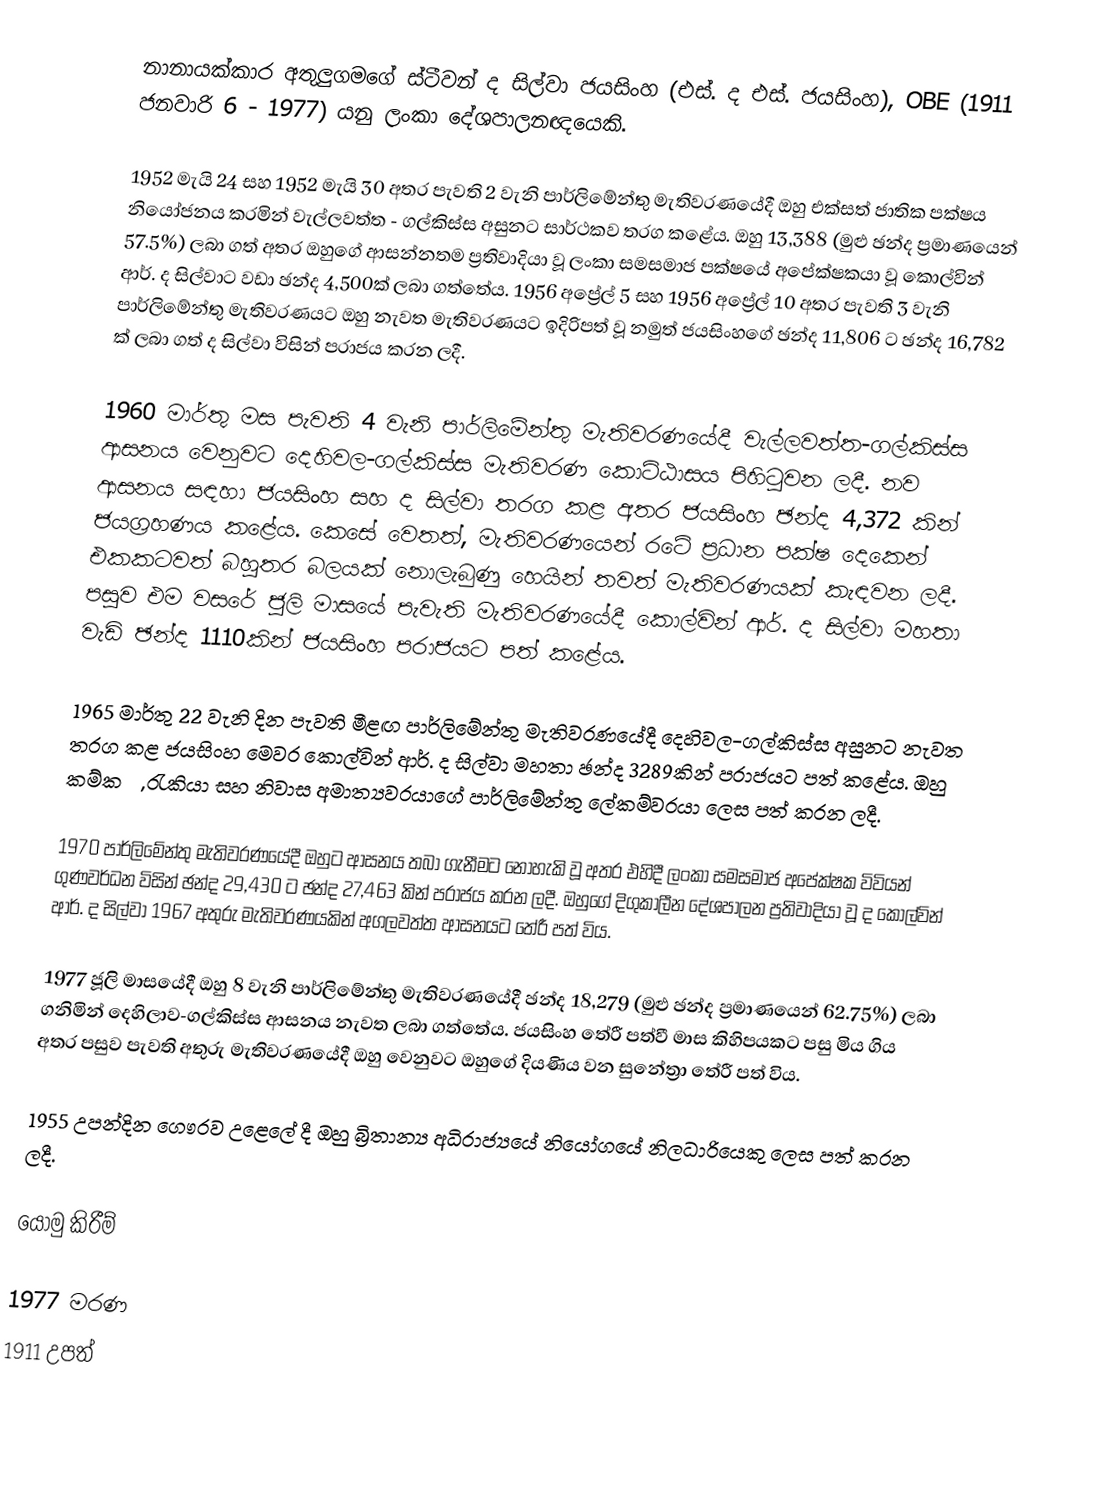
නානායක්කාර අතුලුගමගේ ස්ටීවන් ද සිල්වා ජයසිංහ (එස්. ද එස්. ජයසිංහ), OBE (1911 ජනවාරි 6 - 1977) යනු ලංකා දේශපාලනඥයෙකි.

1952 මැයි 24 සහ 1952 මැයි 30 අතර පැවති 2 වැනි පාර්ලිමේන්තු මැතිවරණයේදී ඔහු එක්සත් ජාතික පක්ෂය නියෝජනය කරමින් වැල්ලවත්ත - ගල්කිස්ස අසුනට සාර්ථකව තරග කළේය. ඔහු 13,388 (මුළු ඡන්ද ප්‍රමාණයෙන් 57.5%) ලබා ගත් අතර ඔහුගේ ආසන්නතම ප්‍රතිවාදියා වූ ලංකා සමසමාජ පක්ෂයේ අපේක්ෂකයා වූ කොල්වින් ආර්. ද සිල්වාට වඩා ඡන්ද 4,500ක් ලබා ගත්තේය.  1956 අප්‍රේල් 5 සහ 1956 අප්‍රේල් 10 අතර පැවති 3 වැනි පාර්ලිමේන්තු මැතිවරණයට ඔහු නැවත මැතිවරණයට ඉදිරිපත් වූ නමුත් ජයසිංහගේ ඡන්ද 11,806 ට ඡන්ද 16,782 ක් ලබා ගත් ද සිල්වා විසින් පරාජය කරන ලදී.

1960 මාර්තු මස පැවති 4 වැනි පාර්ලිමේන්තු මැතිවරණයේදී වැල්ලවත්ත-ගල්කිස්ස ආසනය වෙනුවට දෙහිවල-ගල්කිස්ස මැතිවරණ කොට්ඨාසය පිහිටුවන ලදී. නව ආසනය සඳහා ජයසිංහ සහ ද සිල්වා තරග කළ අතර ජයසිංහ ඡන්ද 4,372 කින් ජයග්‍රහණය කළේය. කෙසේ වෙතත්, මැතිවරණයෙන් රටේ ප්‍රධාන පක්ෂ දෙකෙන් එකකටවත් බහුතර බලයක් නොලැබුණු හෙයින් තවත් මැතිවරණයක් කැඳවන ලදී. පසුව එම වසරේ ජූලි මාසයේ පැවැති මැතිවරණයේදී කොල්වින් ආර්. ද සිල්වා මහතා වැඩි ඡන්ද 1110කින් ජයසිංහ පරාජයට පත් කළේය.

1965 මාර්තු 22 වැනි දින පැවති මීළඟ පාර්ලිමේන්තු මැතිවරණයේදී දෙහිවල-ගල්කිස්ස අසුනට නැවත තරග කළ ජයසිංහ මෙවර කොල්වින් ආර්. ද සිල්වා මහතා ඡන්ද 3289කින් පරාජයට පත් කළේය. ඔහු කම්කරු, රැකියා සහ නිවාස අමාත්‍යවරයාගේ පාර්ලිමේන්තු ලේකම්වරයා ලෙස පත් කරන ලදී.

1970 පාර්ලිමේන්තු මැතිවරණයේදී ඔහුට ආසනය තබා ගැනීමට නොහැකි වූ අතර එහිදී ලංකා සමසමාජ අපේක්ෂක විවියන් ගුණවර්ධන විසින් ඡන්ද 29,430 ට ඡන්ද 27,463 කින් පරාජය කරන ලදී. ඔහුගේ දිගුකාලීන දේශපාලන ප්‍රතිවාදියා වූ ද කොල්වින් ආර්. ද සිල්වා 1967 අතුරු මැතිවරණයකින් අගලවත්ත ආසනයට තේරී පත් විය.

1977 ජූලි මාසයේදී ඔහු 8 වැනි පාර්ලිමේන්තු මැතිවරණයේදී ඡන්ද 18,279 (මුළු ඡන්ද ප්‍රමාණයෙන් 62.75%) ලබා ගනිමින් දෙහිලාව-ගල්කිස්ස ආසනය නැවත ලබා ගත්තේය. ජයසිංහ තේරී පත්වී මාස කිහිපයකට පසු මිය ගිය අතර පසුව පැවති අතුරු මැතිවරණයේදී ඔහු වෙනුවට ඔහුගේ දියණිය වන සුනේත්‍රා තේරී පත් විය.

1955 උපන්දින ගෞරව උළෙලේ දී ඔහු බ්‍රිතාන්‍ය අධිරාජ්‍යයේ නියෝගයේ නිලධාරියෙකු ලෙස පත් කරන ලදී.

යොමු කිරීම්

1977 මරණ
1911 උපත්